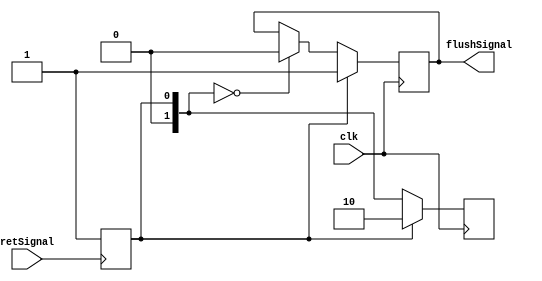
module RetStateMachine (
	input clk, retSignal,
	output reg flushSignal
);

	reg [1:0] state;
	// 00 => do nothing
	// 01 => Flush
	// 10 => Flush

	initial begin
		state = 2'b00;
		flushSignal = 0;
	end

	always @(posedge retSignal) begin
		state = 2'b01;
	end

	always @(posedge clk) begin
		if (state == 2'b01) begin
			flushSignal = 1;
			state = 2'b10;
		end else if (state == 2'b10) begin
			flushSignal = 1;
			state = 2'b11;
		end else if (state == 2'b11) begin
			flushSignal = 1;
			state = 2'b00;
		end else if(state == 2'b00) begin
			flushSignal = 0;
		end

	end

endmodule